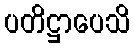
ပတိဋ္ဌာပေသိ